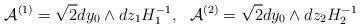
LaTeX: \begin{align*}{\cal A}^{(1)}=\sqrt{2}dy_{0}\wedge dz_{1} H_{1}^{-1}, ~~{\cal A}^{(2)}=\sqrt{2}dy_{0}\wedge dz_{2} H_{2}^{-1}\end{align*}